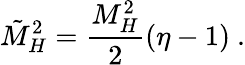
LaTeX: \tilde{M}_{H}^{2}={\frac{M_{H}^{2}}{2}}(\eta-1)~.